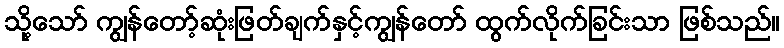
သို့သော် ကျွန်တော့်ဆုံးဖြတ်ချက်နှင့်ကျွန်တော် ထွက်လိုက်ခြင်းသာ ဖြစ်သည်။